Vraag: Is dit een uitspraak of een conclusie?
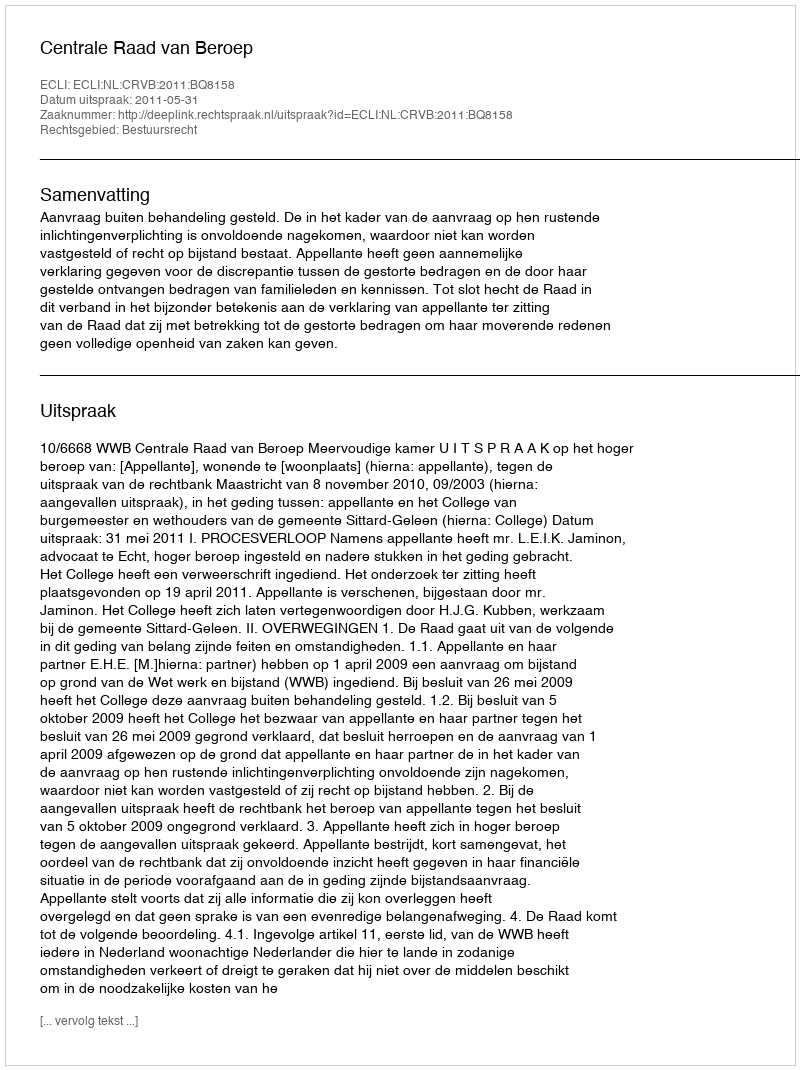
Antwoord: Uitspraak